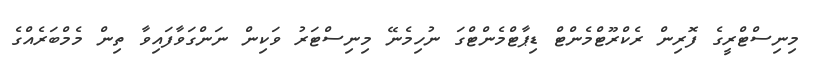
މިނިސްޓްރީގެ ފޮރިން ރެކްރޫޓްމެންޓް ޑިޕާޓްމެންޓްގަ ނުހިމެނޭ މިނިސްޓަރު ވަކިން ނަންގަވާފައިވާ ތިން މެމްބަރެއްގެ